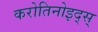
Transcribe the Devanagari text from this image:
करोतिनोइद्स्